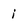
Character: i